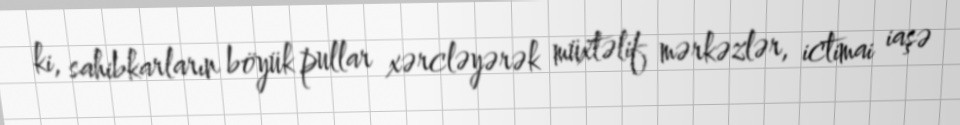
ki, sahibkarların böyük pullar xərcləyərək müxtəlif mərkəzlər, ictimai iaşə